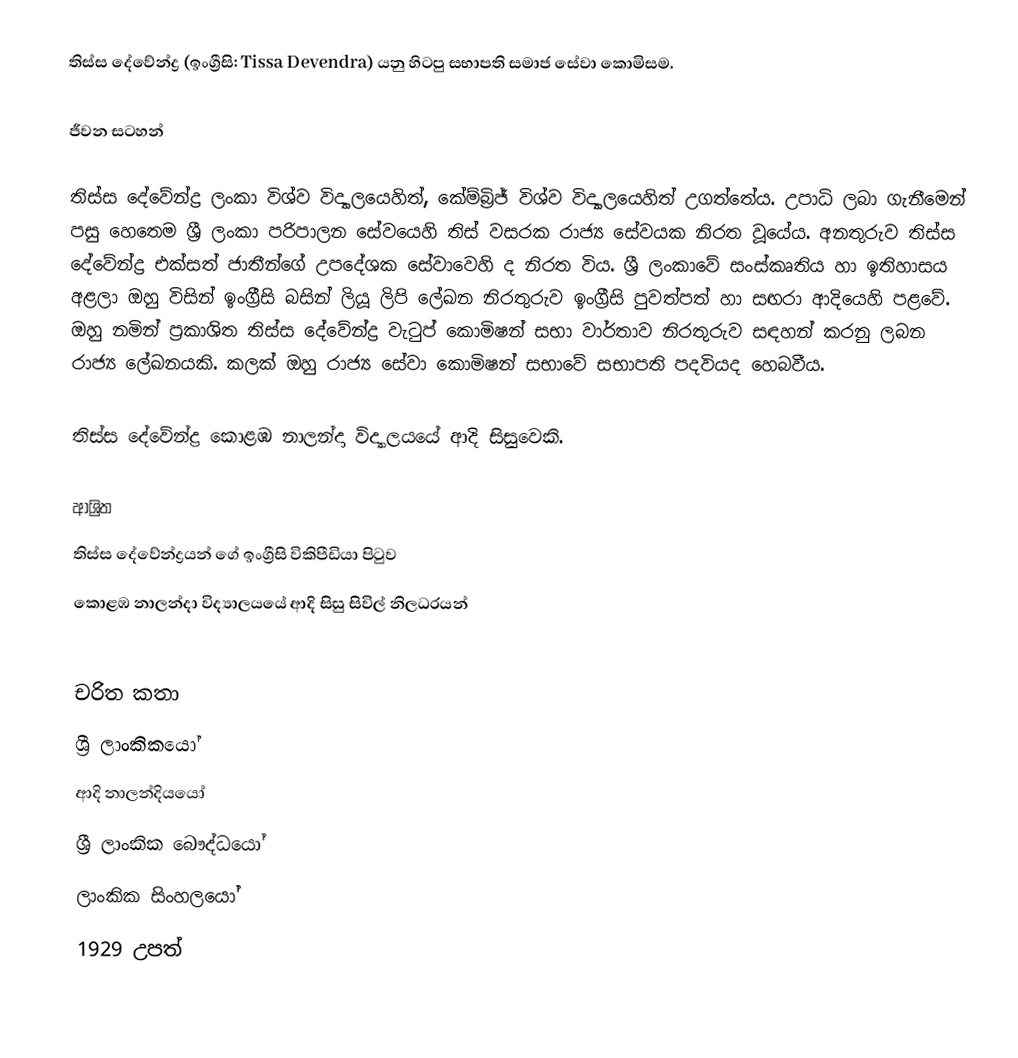
තිස්ස දේවේන්ද්‍ර (ඉංග්‍රීසි: Tissa Devendra) යනු  හිටපු  සභාපති සමාජ සේවා කොමිසම.

ජීවන සටහන්

තිස්ස දේවේන්ද්‍ර ලංකා විශ්ව විද්‍යාලයෙහිත්, කේම්බ්‍රිජ් විශ්ව විද්‍යාලයෙහිත් උගත්තේය. උපාධි ලබා ගැනීමෙන් පසු හෙතෙම ශ්‍රී ලංකා පරිපාලන සේවයෙහි තිස් වසරක රාජ්‍ය සේවයක නිරත වූයේය. අනතුරුව තිස්ස දේවේන්ද්‍ර එක්සත් ජාතීන්ගේ උපදේශක සේවාවෙහි ද නිරත විය. ශ්‍රී ලංකාවේ සංස්කෘතිය හා ඉතිහාසය අළලා ඔහු විසින් ඉංග්‍රීසි බසින් ලියූ ලිපි ලේඛන නිරතුරුව ඉංග්‍රීසි පුවත්පත් හා සඟරා ආදියෙහි පළවේ. ඔහු නමින් ප්‍රකාශිත තිස්ස දේවේන්ද්‍ර වැටුප් කොමිෂන් සභා වාර්තාව නිරතුරුව සඳහන් කරනු ලබන රාජ්‍ය ලේඛනයකි. කලක් ඔහු රාජ්‍ය සේවා කොමිෂන් සභාවේ සභාපති පදවියද හෙබවීය.

තිස්ස දේවේන්ද්‍ර  කොළඹ නාලන්දා විද්‍යාලයයේ ආදි සිසුවෙකි.

ආශ්‍රිත
  තිස්ස දේවේන්ද්‍රයන් ගේ ඉංග්‍රීසි විකිපීඩියා පිටුව
 කොළඹ නාලන්දා විද්‍යාලයයේ ආදි සිසු සිවිල් නිලධරයන්

චරිත කතා
ශ්‍රී ලාංකිකයෝ
ආදි නාලන්දියයෝ
ශ්‍රී ලාංකික බෞද්ධයෝ
ලාංකික සිංහලයෝ
1929 උපත්